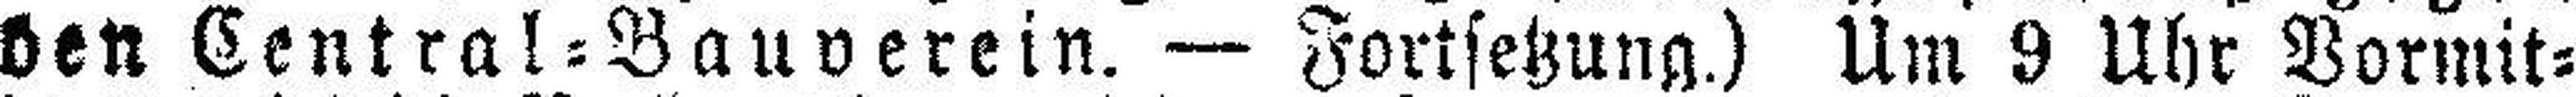
den Central=Bauverein. — Fortsetzung.) Um 9 Uhr Vormit¬